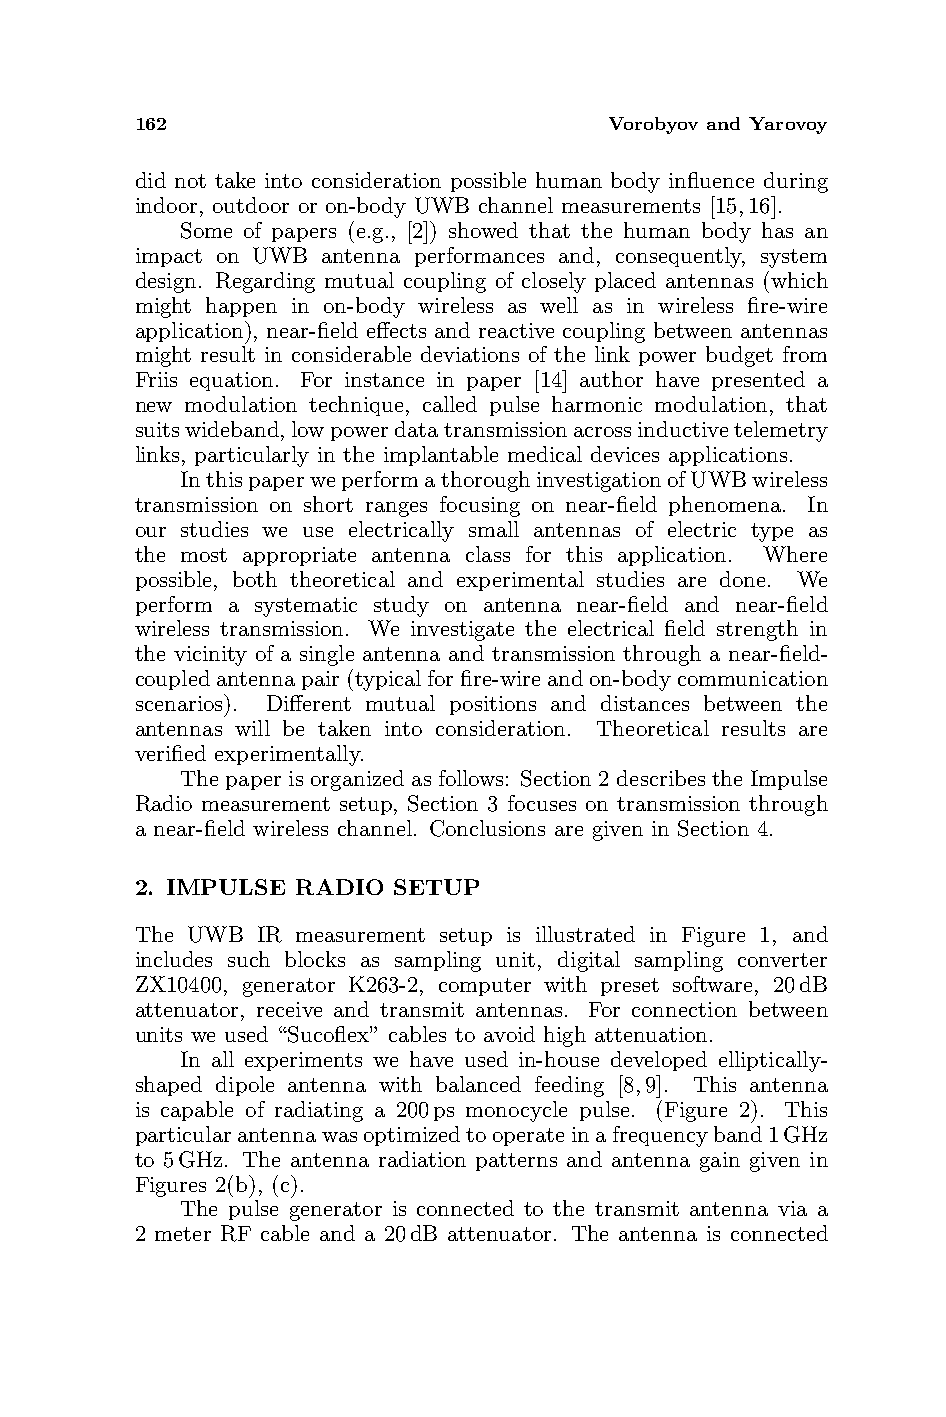
162                            Vorobyov and Yarovoy
 did not take into consideration possible human body influence during
 indoor, outdoor or on-body UWB channel measurements [15,16].
 Some of papers (e.g., [2]) showed that the human body has an
 impact on UWB antenna performances and, consequently, system
 design. Regarding mutual coupling of closely placed antennas (which
 might happen in on-body wireless as well as in wireless fire-wire
 application), near-field effects and reactive coupling between antennas
 might result in considerable deviations of the link power budget from
 Friis equation. For instance in paper [14] author have presented a
 new modulation technique, called pulse harmonic modulation, that
 suitswideband,lowpowerdatatransmissionacrossinductivetelemetry
 links, particularly in the implantable medical devices applications.
 InthispaperweperformathoroughinvestigationofUWBwireless
 transmission on short ranges focusing on near-field phenomena. In
 our studies we use electrically small antennas of electric type as
 the most appropriate antenna class for this application. Where
 possible, both theoretical and experimental studies are done. We
 perform a systematic study on antenna near-field and near-field
 wireless transmission. We investigate the electrical field strength in
 the vicinity of a single antenna and transmission through a near-field-
 coupledantennapair(typicalforfire-wireandon-bodycommunication
 scenarios). Different mutual positions and distances between the
 antennas will be taken into consideration. Theoretical results are
 verified experimentally.
 The paper is organized as follows: Section 2 describes the Impulse
 Radio measurement setup, Section 3 focuses on transmission through
 a near-field wireless channel. Conclusions are given in Section 4.
 2. IMPULSE RADIO SETUP
 The UWB IR measurement setup is illustrated in Figure 1, and
 includes such blocks as sampling unit, digital sampling converter
 ZX10400, generator K263-2, computer with preset software, 20dB
 attenuator, receive and transmit antennas. For connection between
 units we used “Sucoflex” cables to avoid high attenuation.
 In all experiments we have used in-house developed elliptically-
 shaped dipole antenna with balanced feeding [8,9]. This antenna
 is capable of radiating a 200ps monocycle pulse. (Figure 2). This
 particularantennawasoptimizedtooperateinafrequencyband1GHz
 to 5GHz. The antenna radiation patterns and antenna gain given in
 Figures 2(b), (c).
 The pulse generator is connected to the transmit antenna via a
 2 meter RF cable and a 20dB attenuator. The antenna is connected